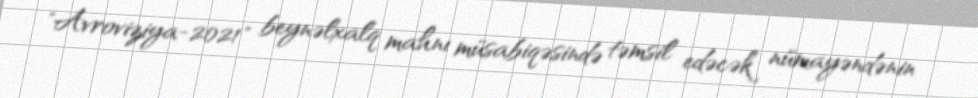
"Avroviziya-2021" beynəlxalq mahnı müsabiqəsində təmsil edəcək nümayəndənin